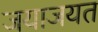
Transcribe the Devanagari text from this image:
जयाजयत